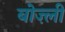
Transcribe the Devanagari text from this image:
बोज़्ली